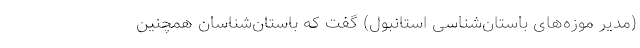
(مدیر موزه‌های باستان‌شناسی استانبول) گفت که باستان‌شناسان همچنین